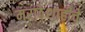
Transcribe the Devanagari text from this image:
मराठेशाहीचे